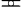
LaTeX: \eqcirc